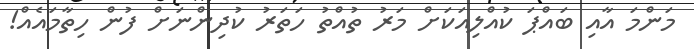
މަންމަ އާއި ބައްޕަ ކުއްލިއަކަށް މަރު ތުއްތު ހަތަރު ކުދިންނަށް ފުން ހިތާމައެއް!